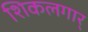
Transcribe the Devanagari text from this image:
शिकलगार्